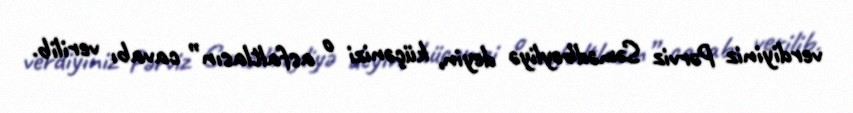
verdiyiniz Pərviz Səmədbəyliyə deyin, küçənizi o asfaltlasın” cavabı verilib.